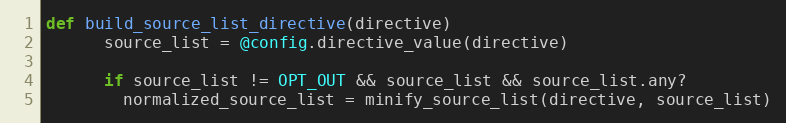
Language: Ruby
def build_source_list_directive(directive)
      source_list = @config.directive_value(directive)

      if source_list != OPT_OUT && source_list && source_list.any?
        normalized_source_list = minify_source_list(directive, source_list)